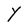
Character: Y